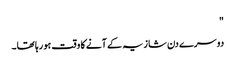
"
دوسرے دن شازیہ کے آنے کا وقت ہو رہا تھا۔